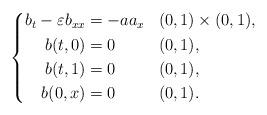
LaTeX: \begin{align*} \left\{ \begin{aligned} b_t - \varepsilon b_{xx} & = -aa_x && (0,1) \times (0,1), \\ b(t,0) &= 0 && (0,1), \\ b(t,1) &= 0 && (0,1), \\ b(0,x) &= 0 && (0,1). \end{aligned} \right.\end{align*}